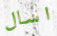
اسال